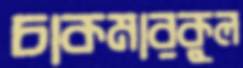
চাকমারকুল